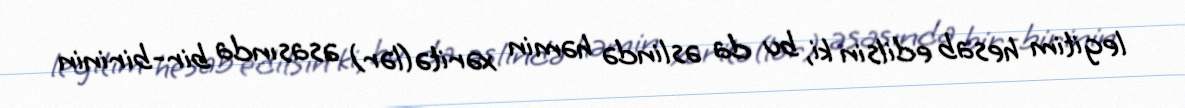
legitim hesab edilsin ki, bu da əslində həmin xəritə(lər) əsasında bir-birinin